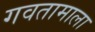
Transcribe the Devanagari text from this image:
गवतामाला